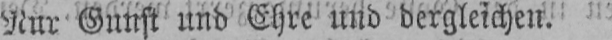
Nur Gunst und Ehre und dergleichen.